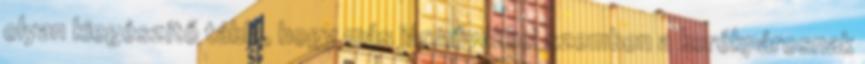
olyan kiegészítő tábla, hogy más járművekkel szemben a kerékpárosnak